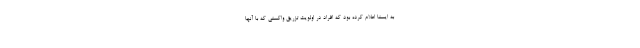
به ایسنا اعلام کرده بود که افراد در اولویت تزریق واکسنی که با آنها